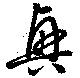
興